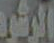
الرشود